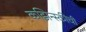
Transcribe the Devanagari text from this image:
कझिन्स्कीची